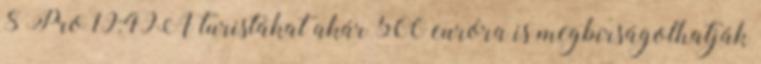
8 Pro 19:49A turistákat akár 500 euróra is megbírságolhatják